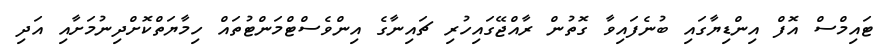
ޓައިމްސް އޮފް އިންޑިޔާގައި ބުނެފައިވާ ގޮތުން ރާއްޖޭގައިހުރި ޗައިނާގެ އިންވެސްޓްމަންޓުތައް ހިމާޔަތްކޮށްދިނުމަށާއި އަދި